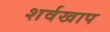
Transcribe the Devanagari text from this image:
शर्वखाप